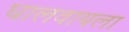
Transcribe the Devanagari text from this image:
घालवायला